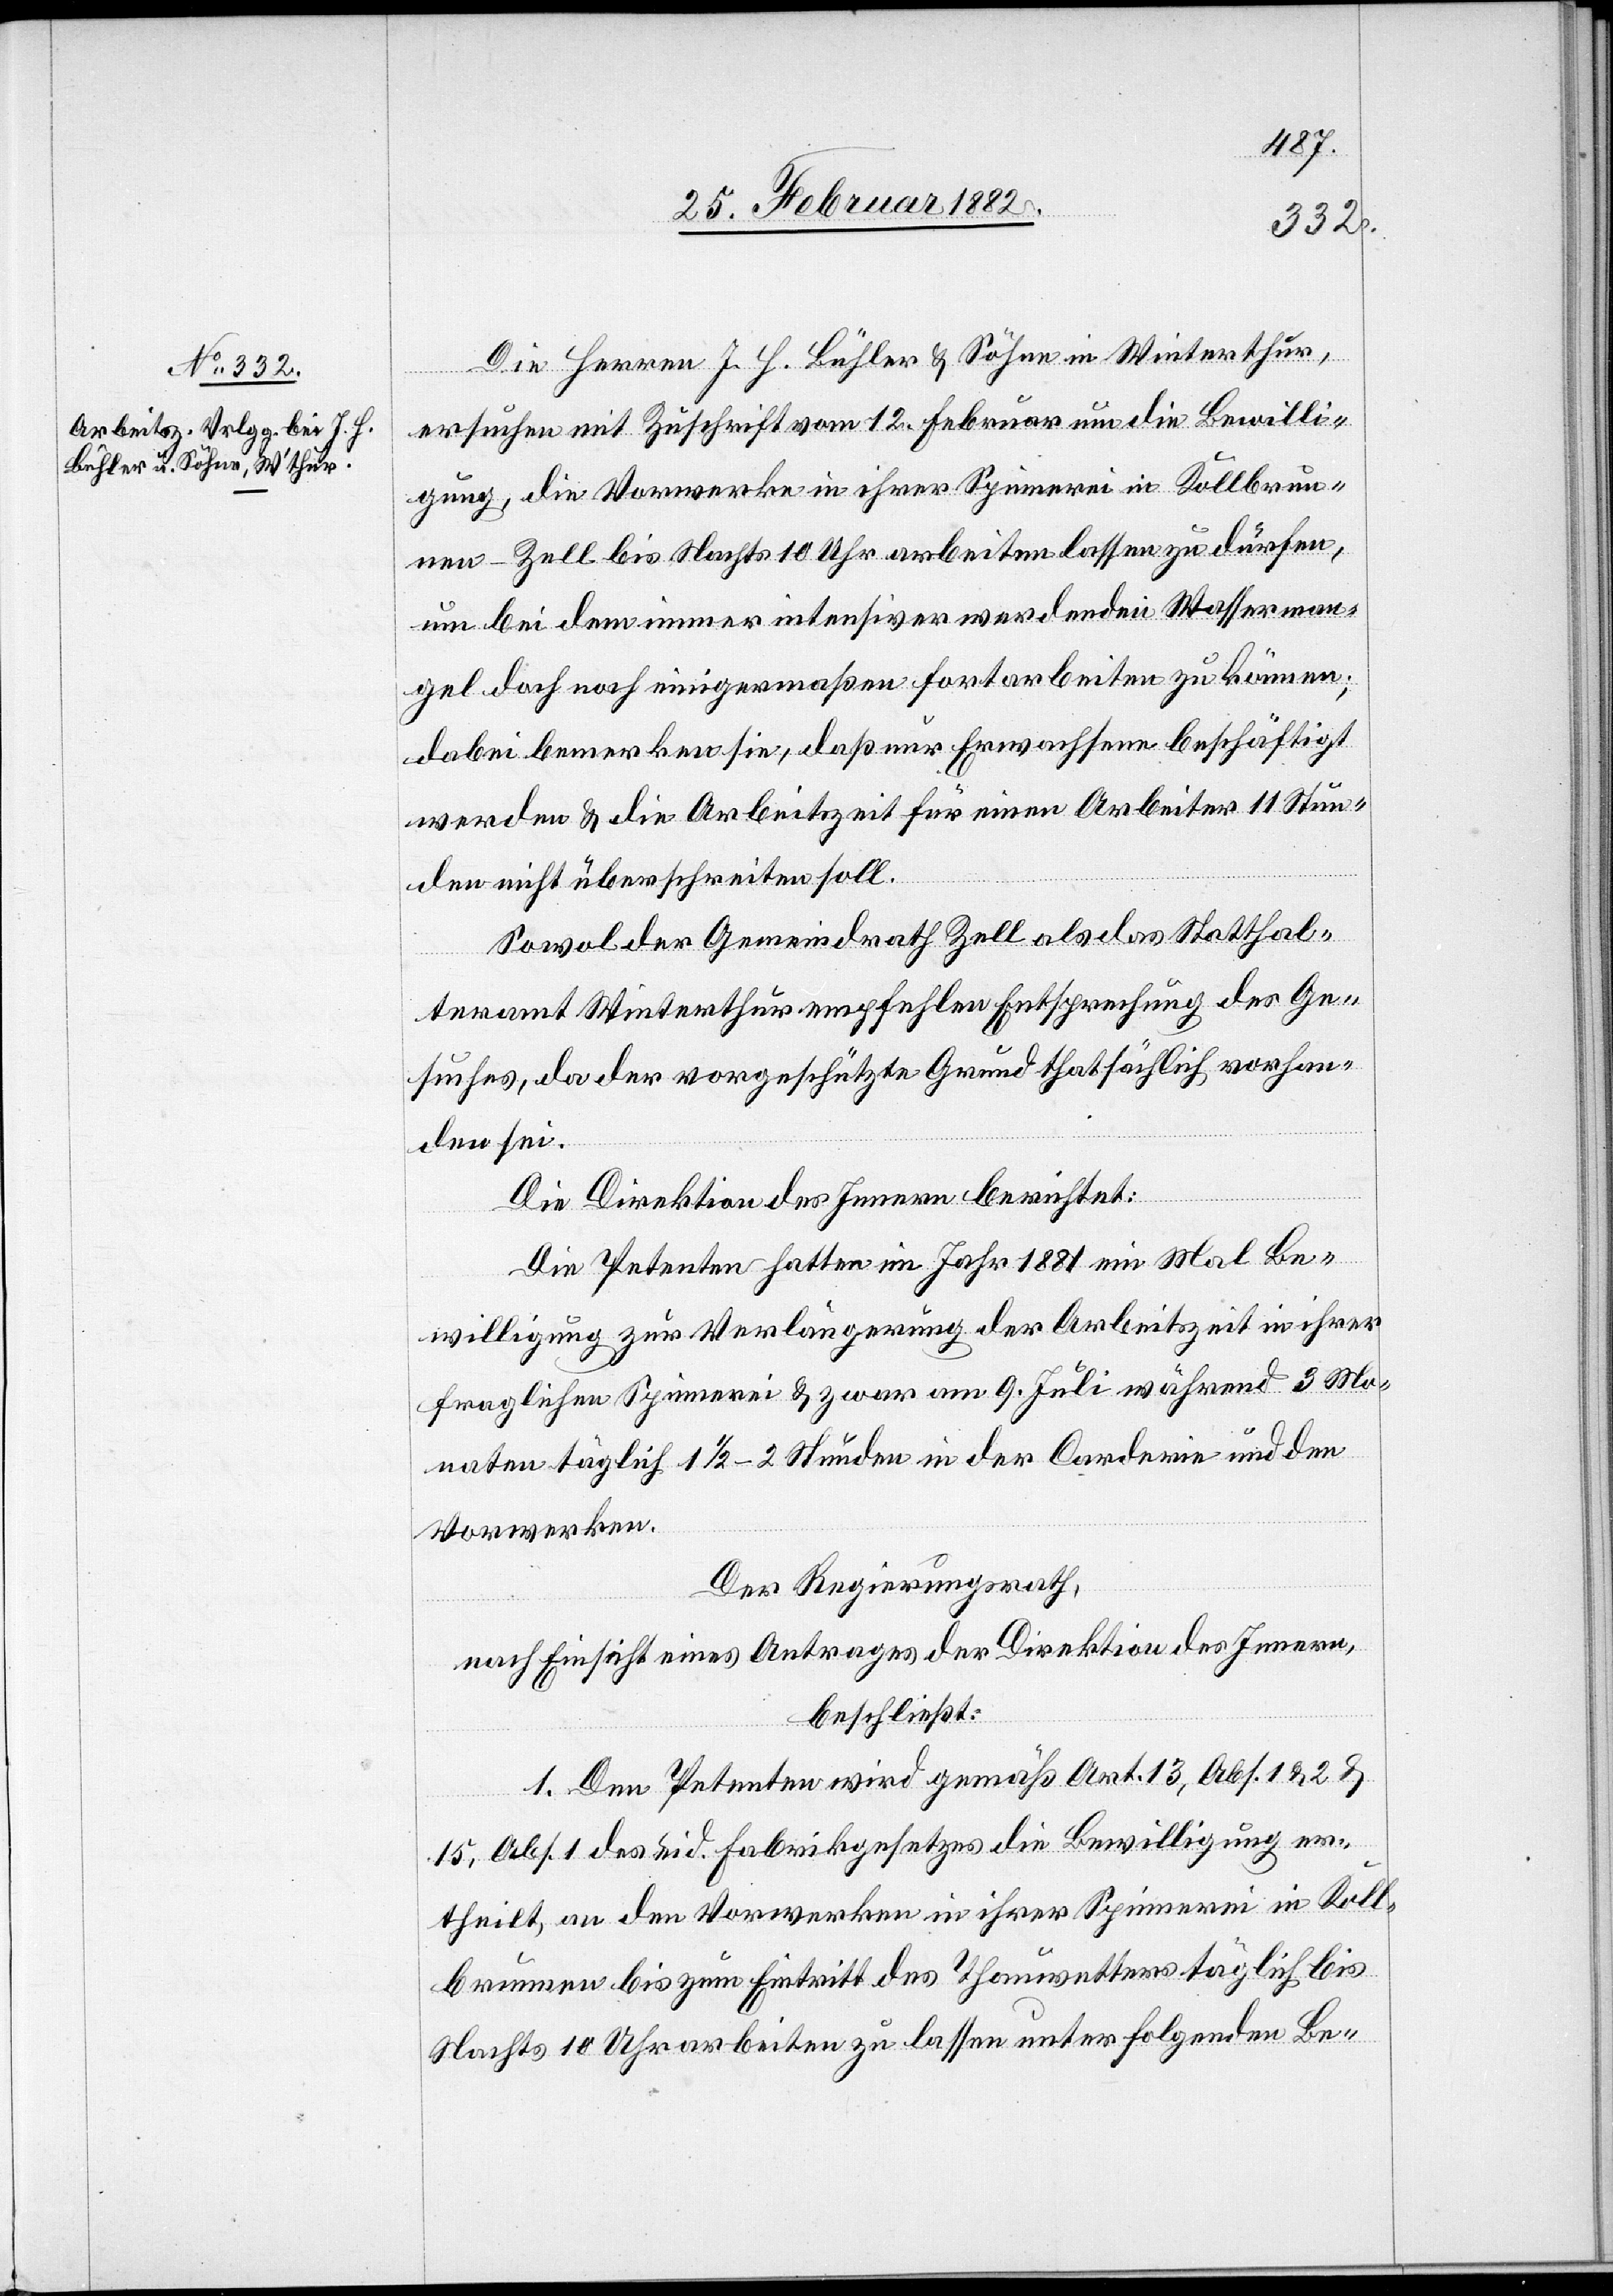
Die Herren J. H. Bühler & Söhne in Winterthur,
ersuchen mit Zuschrift vom 12. Februar um die Bewilli¬
gung, die Vorwerke in ihrer Spinnerei in Kollbrun¬
nen - Zell bis Nachts 10 Uhr arbeiten lassen zu dürfen,
um bei dem immer intensiver werdenden Wasserman¬
gel doch noch einigermaßen fortarbeiten zu können;
dabei bemerken sie, daß nur Erwachsene beschäftigt
werden & die Arbeitszeit für einen Arbeiter 11 Stun¬
den nicht überschreiten soll.
Sowol der Gemeindrath Zell als das Statthal¬
teramt Winterthur empfehlen Entsprechung des Ge¬
suches, da der vorgeschützte Grund thatsächlich vorhan¬
den sei.
Die Direktion des Innern berichtet:
Die Petenten hatten im Jahr 1881 ein Mal Be¬
willigung zur Verlängerung der Arbeitszeit in ihrer
fraglichen Spinnerei & zwar am 9. Juli während 3 Mo¬
naten täglich 11/2–2 Stunden in der Carderie und den
Vorwerken.
Der Regierungsrath,
nach Einsicht eines Antrages der Direktion des Innern,
beschließt:
1. Den Petenten wird gemäß Art. 13, Abs. 1 & 2 &
15, Abs. 1 des eid. Fabrikgesetzes die Bewilligung er¬
theilt, an den Vorwerken in ihrer Spinnerei in Koll¬
brunnen bis zum Eintritt des Thauwetters täglich bis
Nachts 10 Uhr arbeiten zu lassen unter folgenden Be-